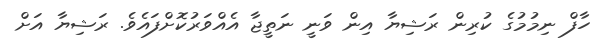
ހާފް ނިމުމުގެ ކުރިން ރަޝިޔާ އިން ވަނީ ނަތީޖާ އެއްވަރުކޮށްފައެވެ. ރަޝިޔާ އަށް